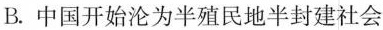
B.中国开始沦为半殖民地半封建社会